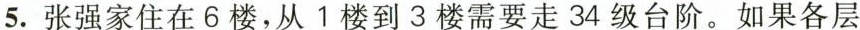
5.张强家住在6楼，从1楼到3楼需要走34级台阶。如果各层